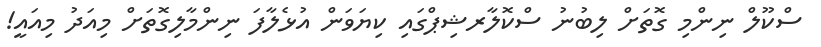
ސްކޫލް ނިންމި ގޮތަށް ލިބުނު ސްކޮލާރޝިޕްގައި ކިޔަވަން އުޅެލާފަ ނިންމާލިގޮތަށް މިއަދު މިއައީ!